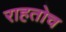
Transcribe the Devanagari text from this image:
राहतोच